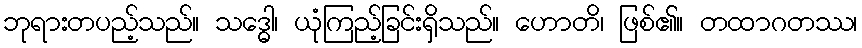
ဘုရားတပည့်သည်။ သဒ္ဓေါ၊ ယုံကြည့်ခြင်းရှိသည်။ ဟောတိ၊ ဖြစ်၏။ တထာဂတဿ၊